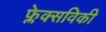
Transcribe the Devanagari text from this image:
फ्लेक्सविकी